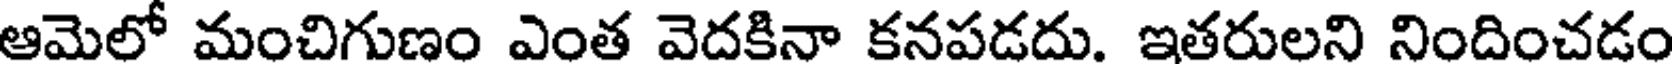
అమెలో మంచిగుణం ఎంత వెదకినా కనపడదు. ఇతరులని నిందించడం